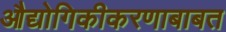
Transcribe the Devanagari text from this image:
औद्योगिकीकरणाबाबत